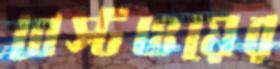
বেস্টওয়ের